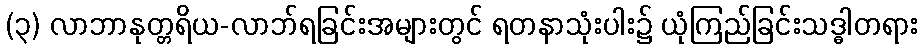
(၃) လာဘာနုတ္တရိယ-လာဘ်ရခြင်းအများတွင် ရတနာသုံးပါး၌ ယုံကြည်ခြင်းသဒ္ဓါတရား